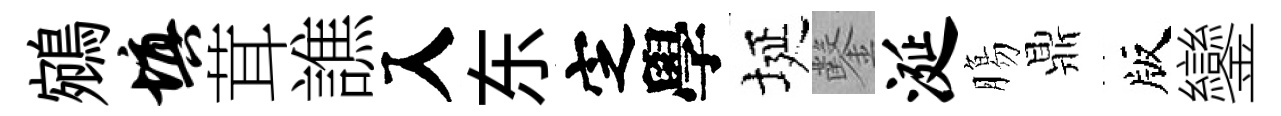
鵷填茸譙入东㝎學埏鑿涎膓鼎版鑾